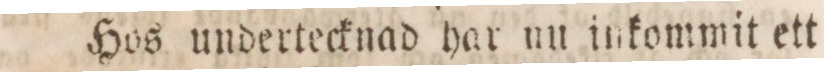
Hos undertecknad har nu inkommit ett